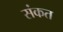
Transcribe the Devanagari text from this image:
संकत